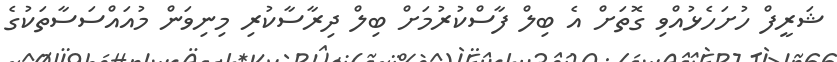
ޝަރީފް ހުށަހެޅުއްވި ގޮތަށް އެ ބިލް ފާސްކުރުމަށް ބިލް ދިރާސާކުރި މިނިވަން މުއައްސަސާތަކުގެ